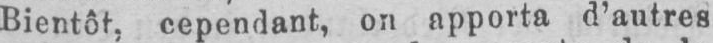
Bientôt, cependant, on apporta d’autres